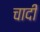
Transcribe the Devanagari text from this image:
चादीं